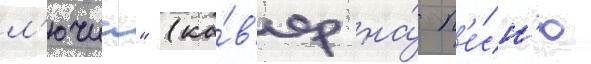
л'ючиа" (ка́в'ер на́ п'е́сн'ю